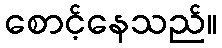
စောင့်နေသည်။